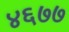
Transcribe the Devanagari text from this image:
४६७७